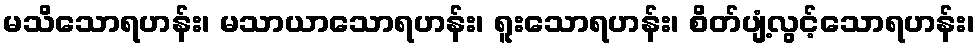
မသိသောရဟန်း၊ မသာယာသောရဟန်း၊ ရူးသောရဟန်း၊ စိတ်ပျံ့လွင့်သောရဟန်း၊